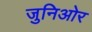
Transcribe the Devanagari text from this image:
जुनिओर